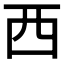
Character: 西